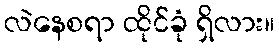
လဲနေစရာ ထိုင်ခုံ ရှိလား။